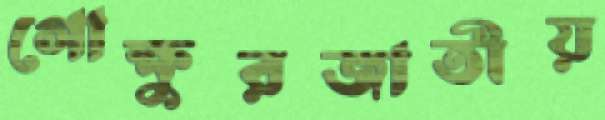
গোক্ষুরজাতীয়